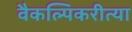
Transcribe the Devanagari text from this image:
वैकल्पिकरीत्या